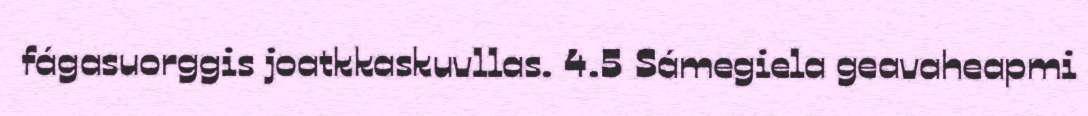
fágasuorggis joatkkaskuvllas. 4.5 Sámegiela geavaheapmi